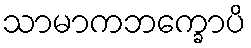
သာမာကဘက္ခောပိ